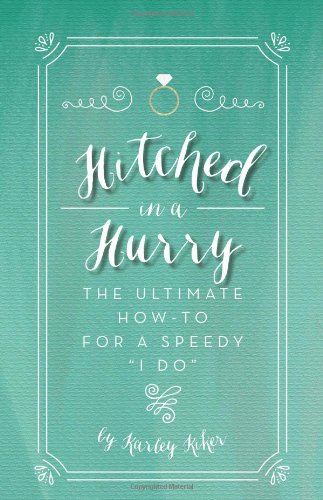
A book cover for Hitched in a Hurry: The ultimate how-to for a speedy I do; Karley Kiker; Crafts, Hobbies & Home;